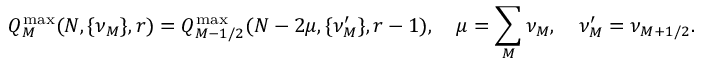
Q _ { M } ^ { \operatorname * { m a x } } ( N , \{ \nu _ { M } \} , r ) = Q _ { M - 1 / 2 } ^ { \operatorname * { m a x } } ( N - 2 \mu , \{ \nu _ { M } ^ { \prime } \} , r - 1 ) , \quad \mu = \sum _ { M } \nu _ { M } , \quad \nu _ { M } ^ { \prime } = \nu _ { M + 1 / 2 } .